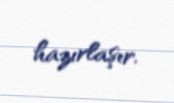
hazırlaşır.